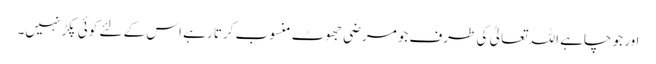
اور جو چاہے اللہ تعالیٰ کی طرف جومرضی جھوٹ منسوب کرتا رہے اس کے لئے کوئی پکڑ نہیں۔